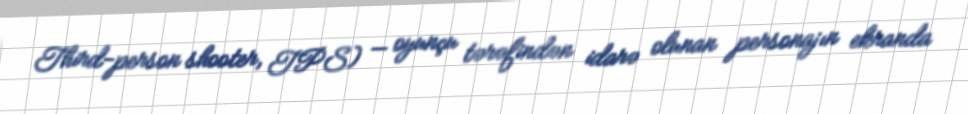
Third-person shooter, TPS) — oyunçu tərəfindən idarə olunan personajın ekranda